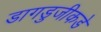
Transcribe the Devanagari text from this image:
डागडुजीकडे